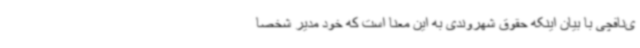
ی‌نافچی با بیان اینکه حقوق شهروندی به این معنا است که خود مدیر شخصا